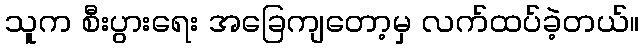
သူက စီးပွားရေး အခြေကျတော့မှ လက်ထပ်ခဲ့တယ်။